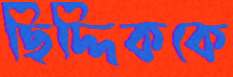
ছিদ্দিককে